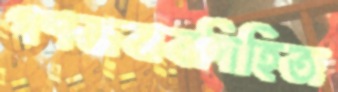
গণজবাবদিহিতা